Mental hospitals Bombay report 1921-28 - 1921-1928
Year: 1921
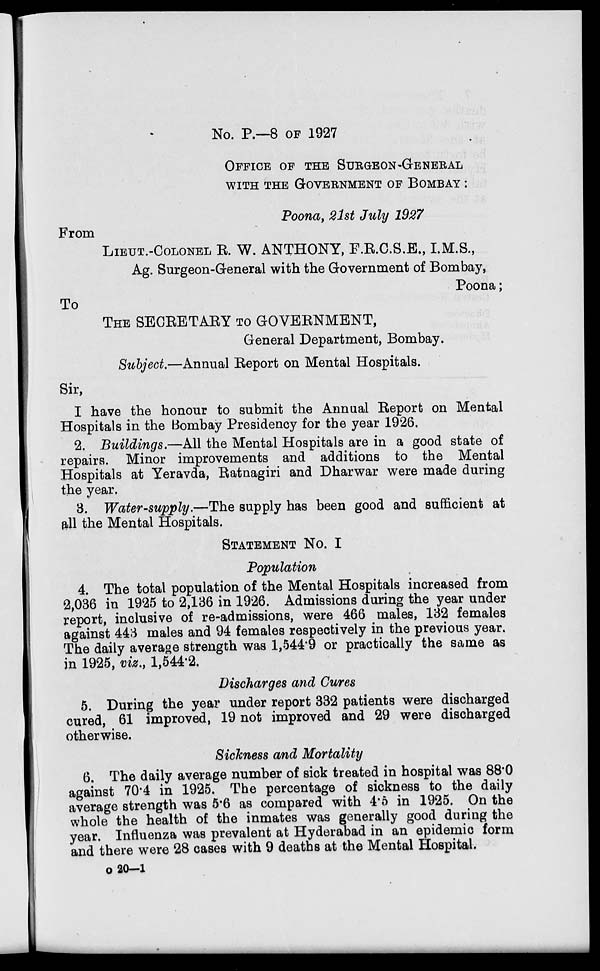
No. P.—8 OF 1927
OFFICE OF THE SURGEON-GENERAL
WITH THE GOVERNMENT OF BOMBAY :
Poona, 21st July 1927
From
LIEUT.-COLONEL R. W. ANTHONY, F.R.C.S.E., I.M.S.,
Ag. Surgeon-General with the Government of Bombay,
Poona ;
To
THE SECRETARY TO GOVERNMENT,
General Department, Bombay.
Subject.—Annual Report on Mental Hospitals.
Sir,
I have the honour to submit the Annual Report on Mental
Hospitals in the Bombay Presidency for the year 1926.
2. Buildings.—All the Mental Hospitals are in a good state of
repairs. Minor improvements and additions to the Mental
Hospitals at Yeravda, Ratnagiri and Dharwar were made during
the year.
3. Water-supply.—The supply has been good and sufficient at
all the Mental Hospitals.
STATEMENT No. I
Population
4. The total population of the Mental Hospitals increased from
2,036 in 1925 to 2,136 in 1926. Admissions during the year under
report, inclusive of re-admissions, were 466 males, 132 females
against 443 males and 94 females respectively in the previous year.
The daily average strength was 1,544.9 or practically the same as
in 1925, viz., 1,544.2.
Discharges and Cures
5. During the year under report 332 patients were discharged
cured, 61 improved, 19 not improved and 29 were discharged
otherwise.
Sickness and Mortality
6. The daily average number of sick treated in hospital was 88.0
against 70.4 in 1925. The percentage of sickness to the daily
average strength was 5.6 as compared with 4.5 in 1925. On the
whole the health of the inmates was generally good during the
year. Influenza was prevalent at Hyderabad in an epidemic form
and there were 28 cases with 9 deaths at the Mental Hospital.
o 20—1